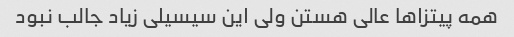
همه پیتزاها عالی هستن ولی این سیسیلی زیاد جالب نبود